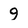
Character: 9